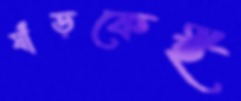
ষাঁড়কেই